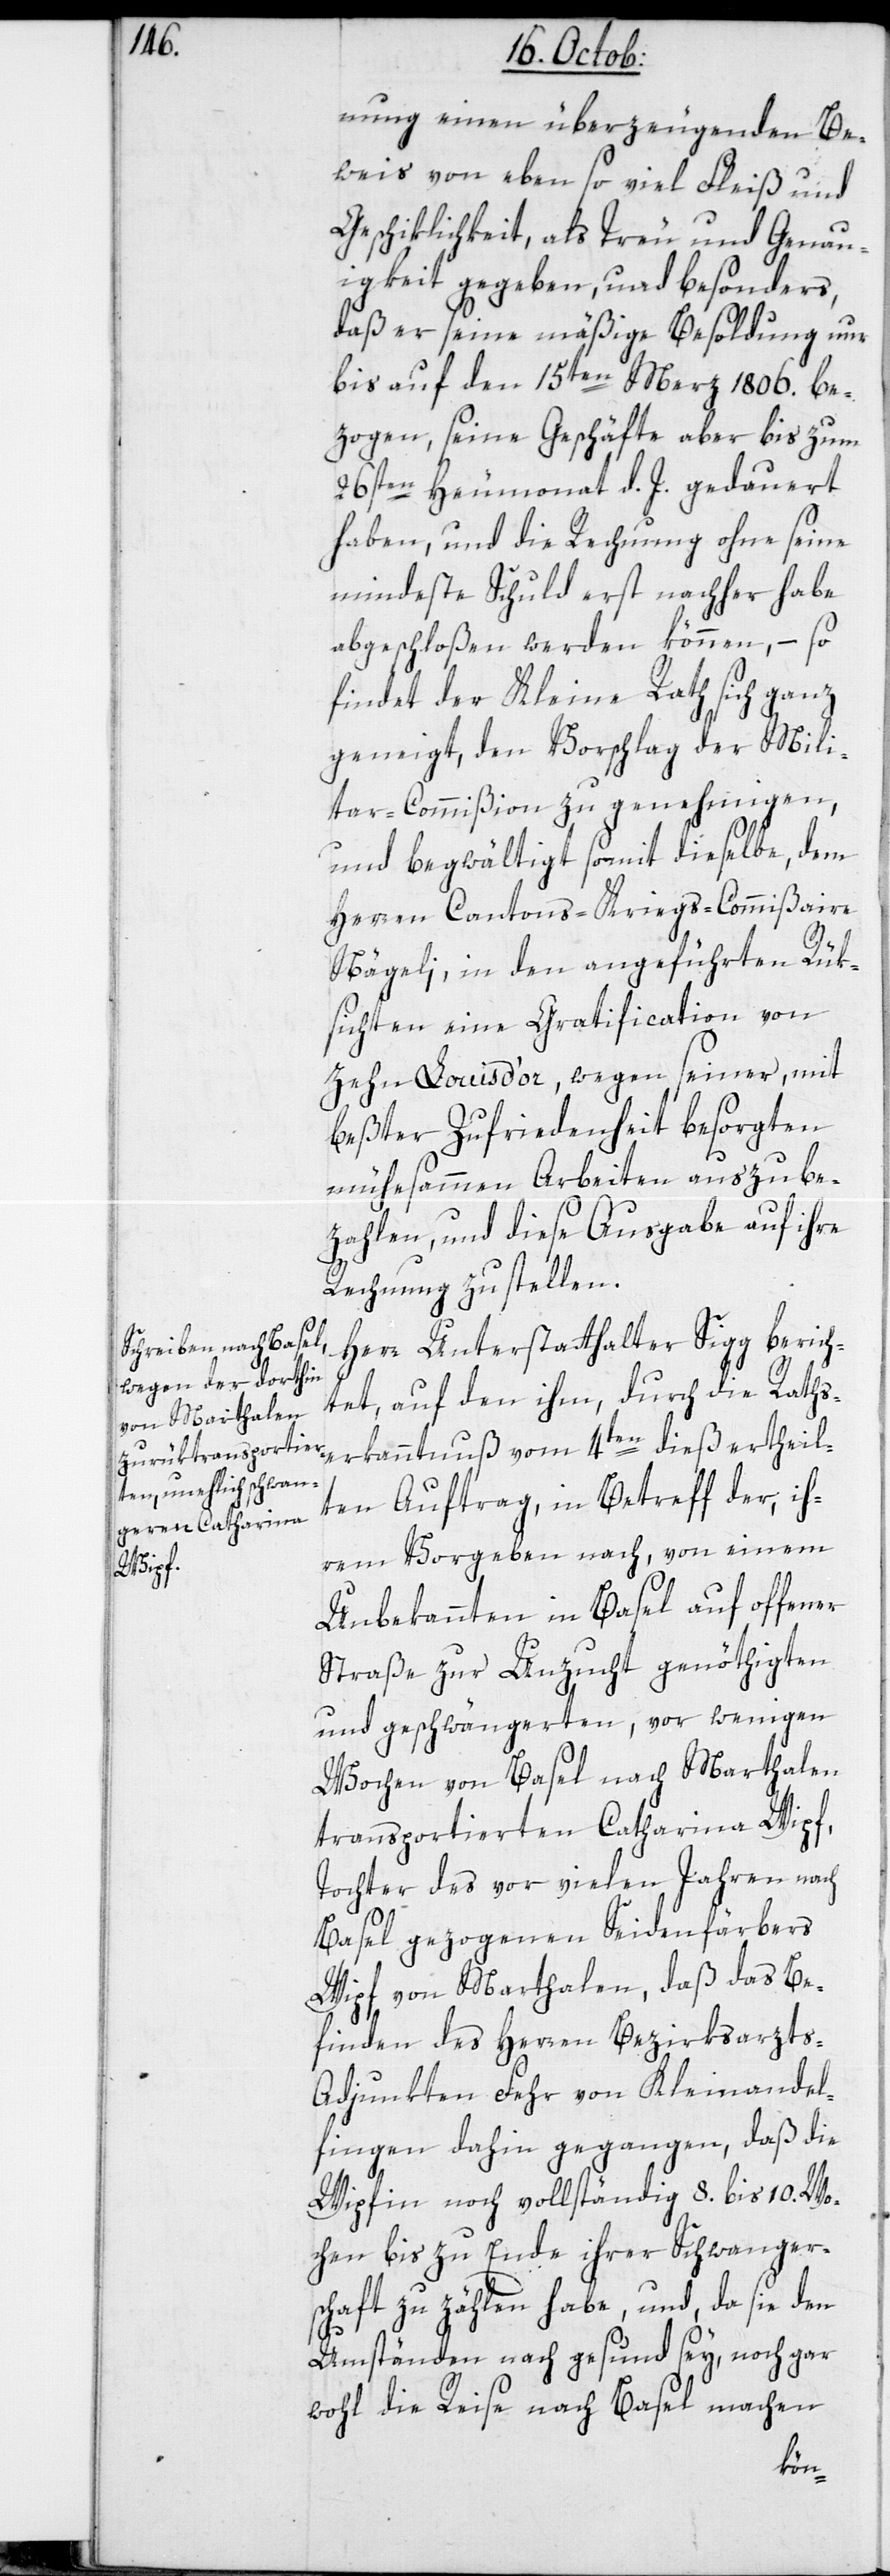
nung einen überzeugenden Be¬
weis von eben so viel Fleiß und
Geschiklichkeit, als Treu und Genau¬
igkeit gegeben, und besonders,
daß er seine mäßige Besoldung nur
bis auf den 15ten März 1806. be¬
zogen, seine Geschäfte aber bis zum
26sten Heumonat d. J. gedauert
haben, und die Rechnung ohne seine
mindeste Schuld erst nachher habe
abgeschloßen werden können, – so
findet der Kleine Rath sich ganz
geneigt, den Vorschlag der Mili¬
tar-Commißion zu genehmigen,
und begwältigt somit dieselbe, dem
Herren Cantons-Kriegs-Commißair
Nägeli, in den angeführten Rük¬
sichten eine Gratification von
zehn Louisd’or, wegen seiner mit
bester Zufriedenheit besorgten
mühesammen Arbeiten auszube¬
zahlen, und diese Ausgabe auf ihre
Rechnung zu stellen.
Herr Unterstatthalter Sigg berich¬
tet, auf den ihm, durch die Rats¬
erkanntnuß vom 4ten dieß ertheil¬
ten Auftrag, in Betreff der, ih¬
rem Vorgeben nach, von einem
Unbekannten in Basel auf offener
Straße zur Unzucht genöthigten
und geschwängerten, vor wenigen
Wochen von Basel nach Marthalen
transportierten Catharina Wipf,
Tochter des vor vielen Jahren nach
Basel gezogenen Seidenfärbers
Wipf von Marthalen, daß das Be¬
finden des Herren Bezirksarzt¬
s-Adjunkten Fehr von Kleinandel¬
fingen dahin gegangen, daß die
Wipfin noch vollständig 8. bis 10. Wo¬
chen bis zu Ende ihrer Schwanger¬
schaft zu zählen habe, und, da sie den
Umständen nach gesund sey, noch gar
wohl die Reise nach Basel machen